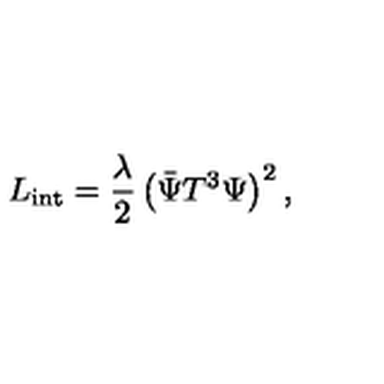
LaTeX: L _ { \mathrm { i n t } } = \frac { \lambda } { 2 } \left( \bar { \Psi } T ^ { 3 } \Psi \right) ^ { 2 } ,